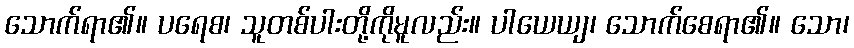
သောက်ရာ၏။ ပရေစ၊ သူတစ်ပါးတို့ကိုမူလည်း။ ပါယေယျ၊ သောက်စေရာ၏။ သော၊